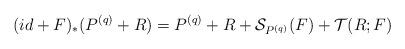
LaTeX: \begin{align*}(id + F)_*(P^{(q)}+R) = P^{(q)}+R + {\mathcal S}_{P^{(q)}}(F) + \mathcal T(R; F)\end{align*}